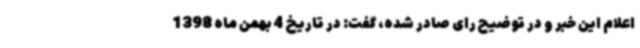
اعلام این خبر و در توضیح رای صادر شده، گفت: در تاریخ 4 بهمن ماه 1398